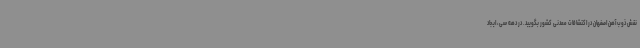
نقش ذوب آهن اصفهان در اکتشافات معدنی کشور بگویید. در دهه سی، ایجاد